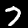
Label: 7